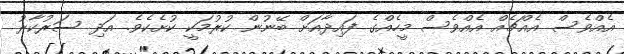
އެއްވެސް އެއްޗެއް އެއްވެސް މީހެއްގެ ފައިދާއަށް ބޭނުން ކުރުމަކީ ކުށެކެވެ. އަދި ސަރުކާރު